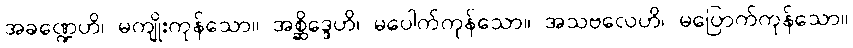
အခဏ္ဍေဟိ၊ မကျိုးကုန်သော။ အစ္ဆိဒ္ဒေဟိ၊ မပေါက်ကုန်သော။ အသဗလေဟိ၊ မပြောက်ကုန်သော။